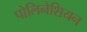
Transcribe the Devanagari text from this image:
पोलिनेशियन